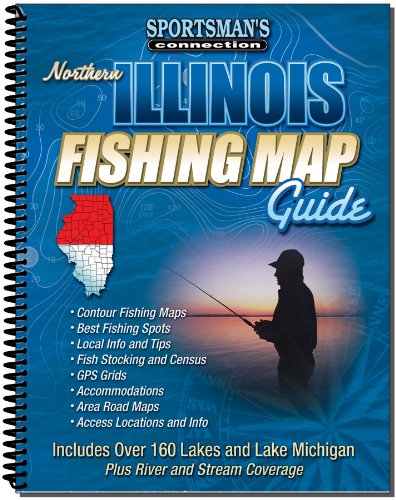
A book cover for Northern Illinois Fishing Map Guide (Sportsman's Connection); Jim Billig; Travel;